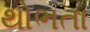
થોભતા